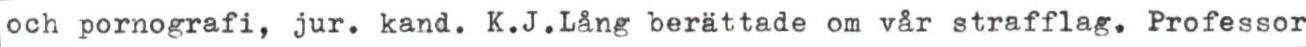
och pornografi, jur. kand. K.J.Lång berättade om vår strafflag. Professor